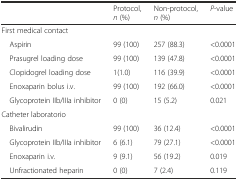
<table><thead><tr><td></td><td><b>Protocol, <i>n</i> (%)</b></td><td><b>Non-protocol, <i>n</i> (%)</b></td><td><b><i>P</i>-value</b></td></tr></thead><tbody><tr><td colspan="4">First medical contact</td></tr><tr><td> Aspirin</td><td>99 (100)</td><td>257 (88.3)</td><td>&lt;0.0001</td></tr><tr><td> Prasugrel loading dose</td><td>99 (100)</td><td>139 (47.8)</td><td>&lt;0.0001</td></tr><tr><td> Clopidogrel loading dose</td><td>1(1.0)</td><td>116 (39.9)</td><td>&lt;0.0001</td></tr><tr><td> Enoxaparin bolus i.v.</td><td>99 (100)</td><td>192 (66.0)</td><td>&lt;0.0001</td></tr><tr><td> Glycoprotein IIb/IIIa inhibitor</td><td>0 (0)</td><td>15 (5.2)</td><td>0.021</td></tr><tr><td colspan="4">Catheter laboratorio</td></tr><tr><td> Bivalirudin</td><td>99 (100)</td><td>36 (12.4)</td><td>&lt;0.0001</td></tr><tr><td> Glycoprotein IIb/IIIa inhibitor</td><td>6 (6.1)</td><td>79 (27.1)</td><td>&lt;0.0001</td></tr><tr><td> Enoxaparin i.v.</td><td>9 (9.1)</td><td>56 (19.2)</td><td>0.019</td></tr><tr><td> Unfractionated heparin</td><td>0 (0)</td><td>7 (2.4)</td><td>0.119</td></tr></tbody></table>